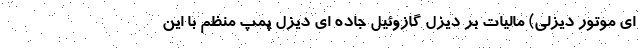
ای موتور دیزلی) مالیات بر دیزل گازوئیل جاده ای دیزل پمپ منظم با این